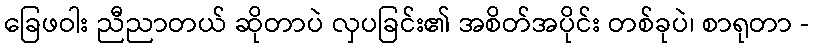
ခြေဖဝါး ညီညာတယ် ဆိုတာပဲ လှပခြင်း၏ အစိတ်အပိုင်း တစ်ခုပဲ၊ စာရုတာ -